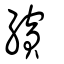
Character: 繽